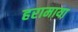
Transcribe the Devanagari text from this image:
हरामाया